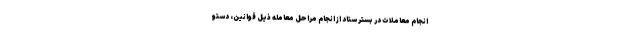
انجام معاملات در بستر ستاد از انجام مراحل معامله ذیل قوانین، دستو